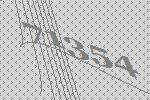
71354